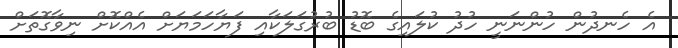
އެ ހެނދުން ހުންނަނީ ހުދު ކުލައިގެ ބޮޑު ބުރުގަލަކާއި ފަޔާހަމަޔަށް އެއްކޮށް ނިވާގޮތަށް